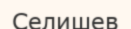
Селишев